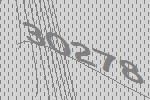
30278